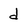
Character: d